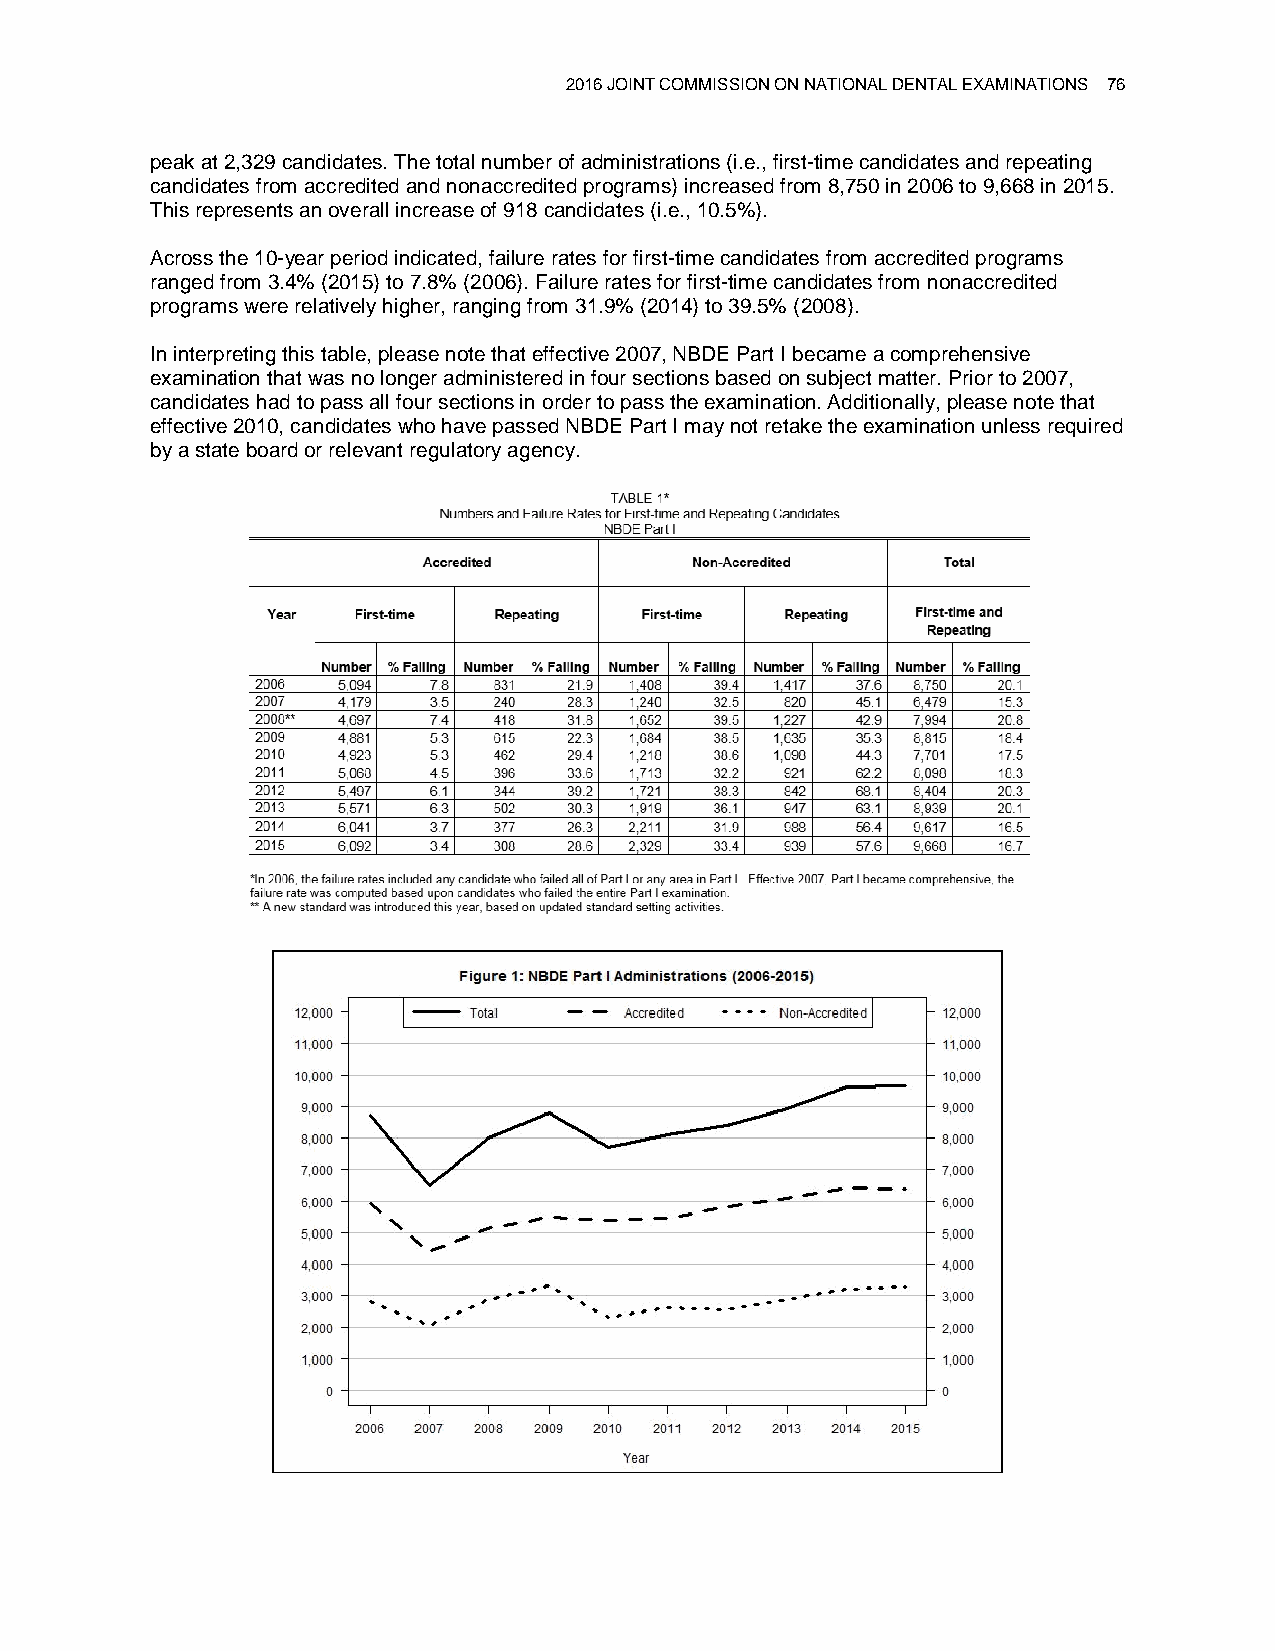
2016 JOINT COMMISSION ON NATIONAL DENTAL EXAMINATIONS 76
 peak at 2,329 candidates. The total number of administrations (i.e., first-time candidates and repeating
 candidates from accredited and nonaccredited programs) increased from 8,750 in 2006 to 9,668 in 2015.
 This represents an overall increase of 918 candidates (i.e., 10.5%).
 Across the 10-year period indicated, failure rates for first-time candidates from accredited programs
 ranged from 3.4% (2015) to 7.8% (2006). Failure rates for first-time candidates from nonaccredited
 programs were relatively higher, ranging from 31.9% (2014) to 39.5% (2008).
 In interpreting this table, please note that effective 2007, NBDE Part I became a comprehensive
 examination that was no longer administered in four sections based on subject matter. Prior to 2007,
 candidates had to pass all four sections in order to pass the examination. Additionally, please note that
 effective 2010, candidates who have passed NBDE Part I may not retake the examination unless required
 by a state board or relevant regulatory agency.